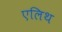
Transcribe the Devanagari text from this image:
एलिथ